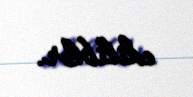
ediliblər.